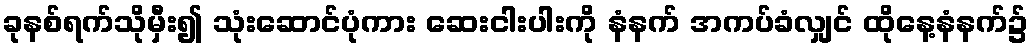
ခုနစ်ရက်သိုမှီး၍ သုံးဆောင်ပုံကား ဆေးငါးပါးကို နံနက် အကပ်ခံလျှင် ထိုနေ့နံနက်၌